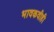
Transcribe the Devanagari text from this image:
भावकवीही